Proceedings of the meeting of veterinary officers in India
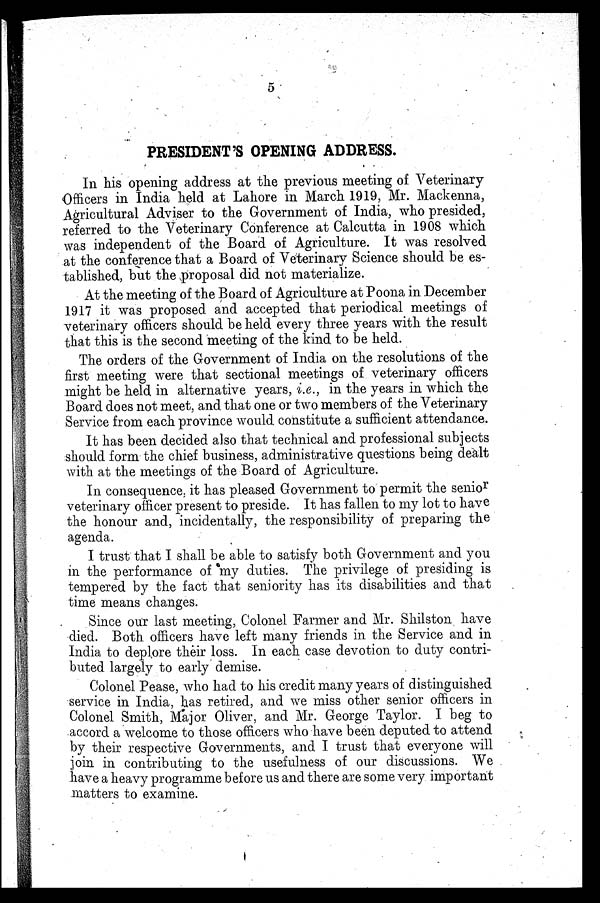
5
PRESIDENT'S OPENING ADDRESS.
In his opening address at the previous meeting of Veterinary
Officers in India held at Lahore in March 1919, Mr. Mackenna,
Agricultural Adviser to the Government of India, who presided,
referred to the Veterinary Conference at Calcutta in 1908 which
was independent of the Board of Agriculture. It was resolved
at the conference that a Board of Veterinary Science should be es-
tablished, but the proposal did not materialize.
At the meeting of the Board of Agriculture at Poona in December
1917 it was proposed and accepted that periodical meetings of
veterinary officers should be held every three years with the result
that this is the second meeting of the kind to be held.
The orders of the Government of India on the resolutions of the
first meeting were that sectional meetings of veterinary officers
might be held in alternative years, i.e., in the years in which the
Board does not meet, and that one or two members of the Veterinary
Service from each province would constitute a sufficient attendance.
It has been decided also that technical and professional subjects
should form the chief business, administrative questions being dealt
with at the meetings of the Board of Agriculture.
In consequence, it has pleased Government to permit the senior
veterinary officer present to preside. It has fallen to my lot to have
the honour and, incidentally, the responsibility of preparing the
agenda.
I trust that I shall be able to satisfy both Government and you
in the performance of my duties. The privilege of presiding is
tempered by the fact that seniority has its disabilities and that
time means changes.
Since our last meeting, Colonel Farmer and Mr. Shilston have
died. Both officers have left many friends in the Service and in
India to deplore their loss. In each case devotion to duty contri-
buted largely to early demise.
Colonel Pease, who had to his credit many years of distinguished
service in India, has retired, and we miss other senior officers in
Colonel Smith, Major Oliver, and Mr. George Taylor. I beg to
accord a welcome to those officers who have been deputed to attend
by their respective Governments, and I trust that everyone will
join in contributing to the usefulness of our discussions. We
have a heavy programme before us and there are some very important
matters to examine.